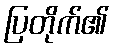
ပြတိုက်၏